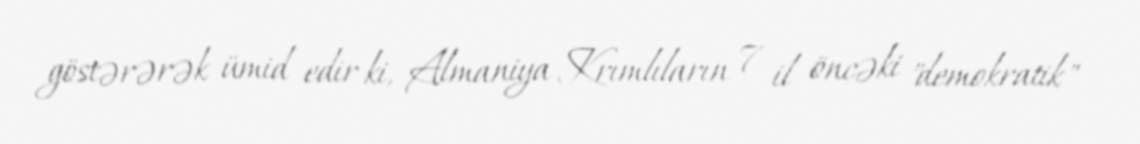
göstərərək ümid edir ki, Almaniya Krımlıların 7 il öncəki "demokratik"